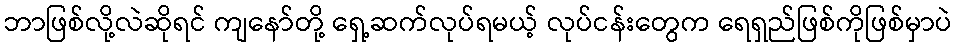
ဘာဖြစ်လို့လဲဆိုရင် ကျနော်တို့ ရှေ့ဆက်လုပ်ရမယ့် လုပ်ငန်းတွေက ရေရှည်ဖြစ်ကိုဖြစ်မှာပဲ